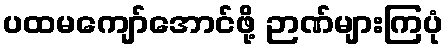
ပထမကျော်အောင်ဖို့ ဉာဏ်များကြပုံ